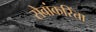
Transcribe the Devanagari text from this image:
सेवांकरिंता